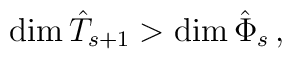
\textrm{dim}\,\hat{T}_{s+1}>\textrm{dim}\, \hat{\Phi}_{s}\,,